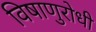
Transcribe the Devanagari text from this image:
विषाणुरोधी